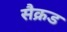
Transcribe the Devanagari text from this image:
सैक्रड